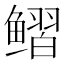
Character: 鳛